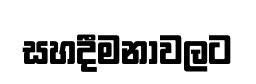
සහදීමනාවලට